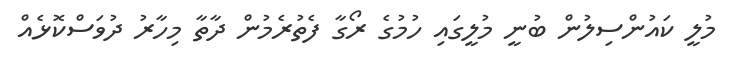
މުލީ ކައުންސިލުން ބުނީ މުލީގައި ހުމުގެ ރޯގާ ފެތުރެމުން ދާތާ މިހާރު ދުވަސްކޮޅެއް